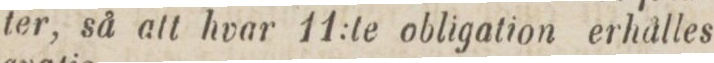
ter, så att hvar 11:te obligation erhålles